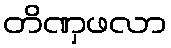
တိဏှဖလာ